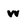
Character: w